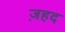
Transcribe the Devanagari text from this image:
ज़हद